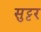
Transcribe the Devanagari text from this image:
सुट्टर